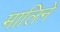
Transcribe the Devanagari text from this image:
मालिने